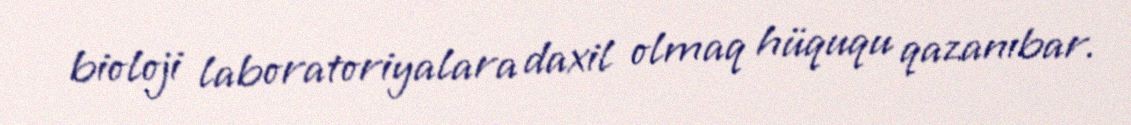
bioloji laboratoriyalara daxil olmaq hüququ qazanıbar.